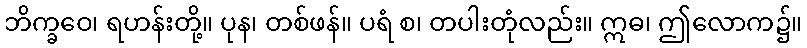
ဘိက္ခဝေ၊ ရဟန်းတို့။ ပုန၊ တစ်ဖန်။ ပရံ စ၊ တပါးတုံလည်း။ ဣဓ၊ ဤလောက၌။